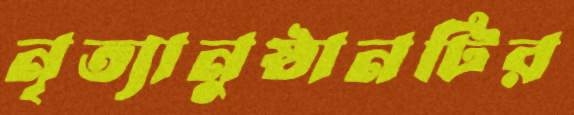
নৃত্যানুষ্ঠানটির